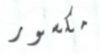
مكسور